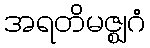
အရတိမဇ္ဈဂံ